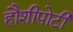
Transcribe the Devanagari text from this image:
हौशीपोटी